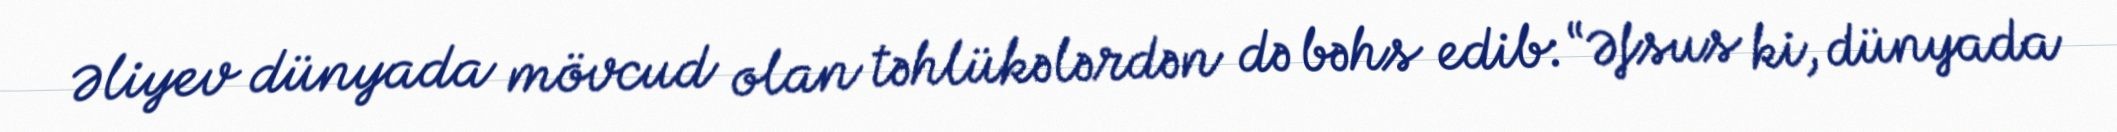
Əliyev dünyada mövcud olan təhlükələrdən də bəhs edib: “Əfsus ki, dünyada